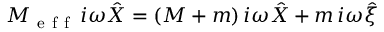
M _ { \mathrm { ~ e ~ f ~ f ~ } } \, i \omega \hat { X } = ( M + m ) \, i \omega \hat { X } + m \, i \omega \hat { \xi }